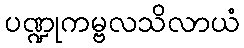
ပဏ္ဍုကမ္ဗလသိလာယံ